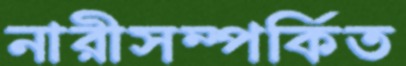
নারীসম্পর্কিত